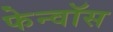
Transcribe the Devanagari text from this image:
फेन्‍वॉस